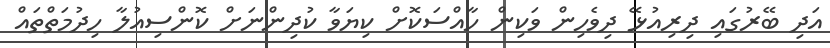
އަދި ބޭރުގައި ދިރިއުޅޭ ދިވެހިން ވަކިން ހާއްސަކޮށް ކިޔަވާ ކުދިންނަށް ކޮންސިއުލާ ހިދުމަތްތައް